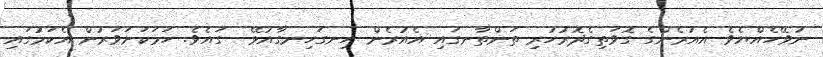
ނުވޭހެއްޔެވެ އެއުރެންގެ ގޮވަތިގެދޮރުހުރި ތަންތާނގައި އެއުރެން ހިނގަހިނގާއުޅޭ  ގައެވެ. ހަމަކަށަވަރުން އެކަމުގައި